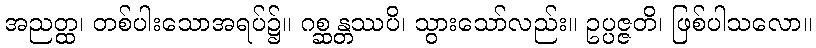
အညတ္ထ၊ တစ်ပါးသောအရပ်၌။ ဂစ္ဆန္တဿပိ၊ သွားသော်လည်း။ ဥပ္ပဇ္ဇတိ၊ ဖြစ်ပါသလော။